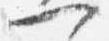
一